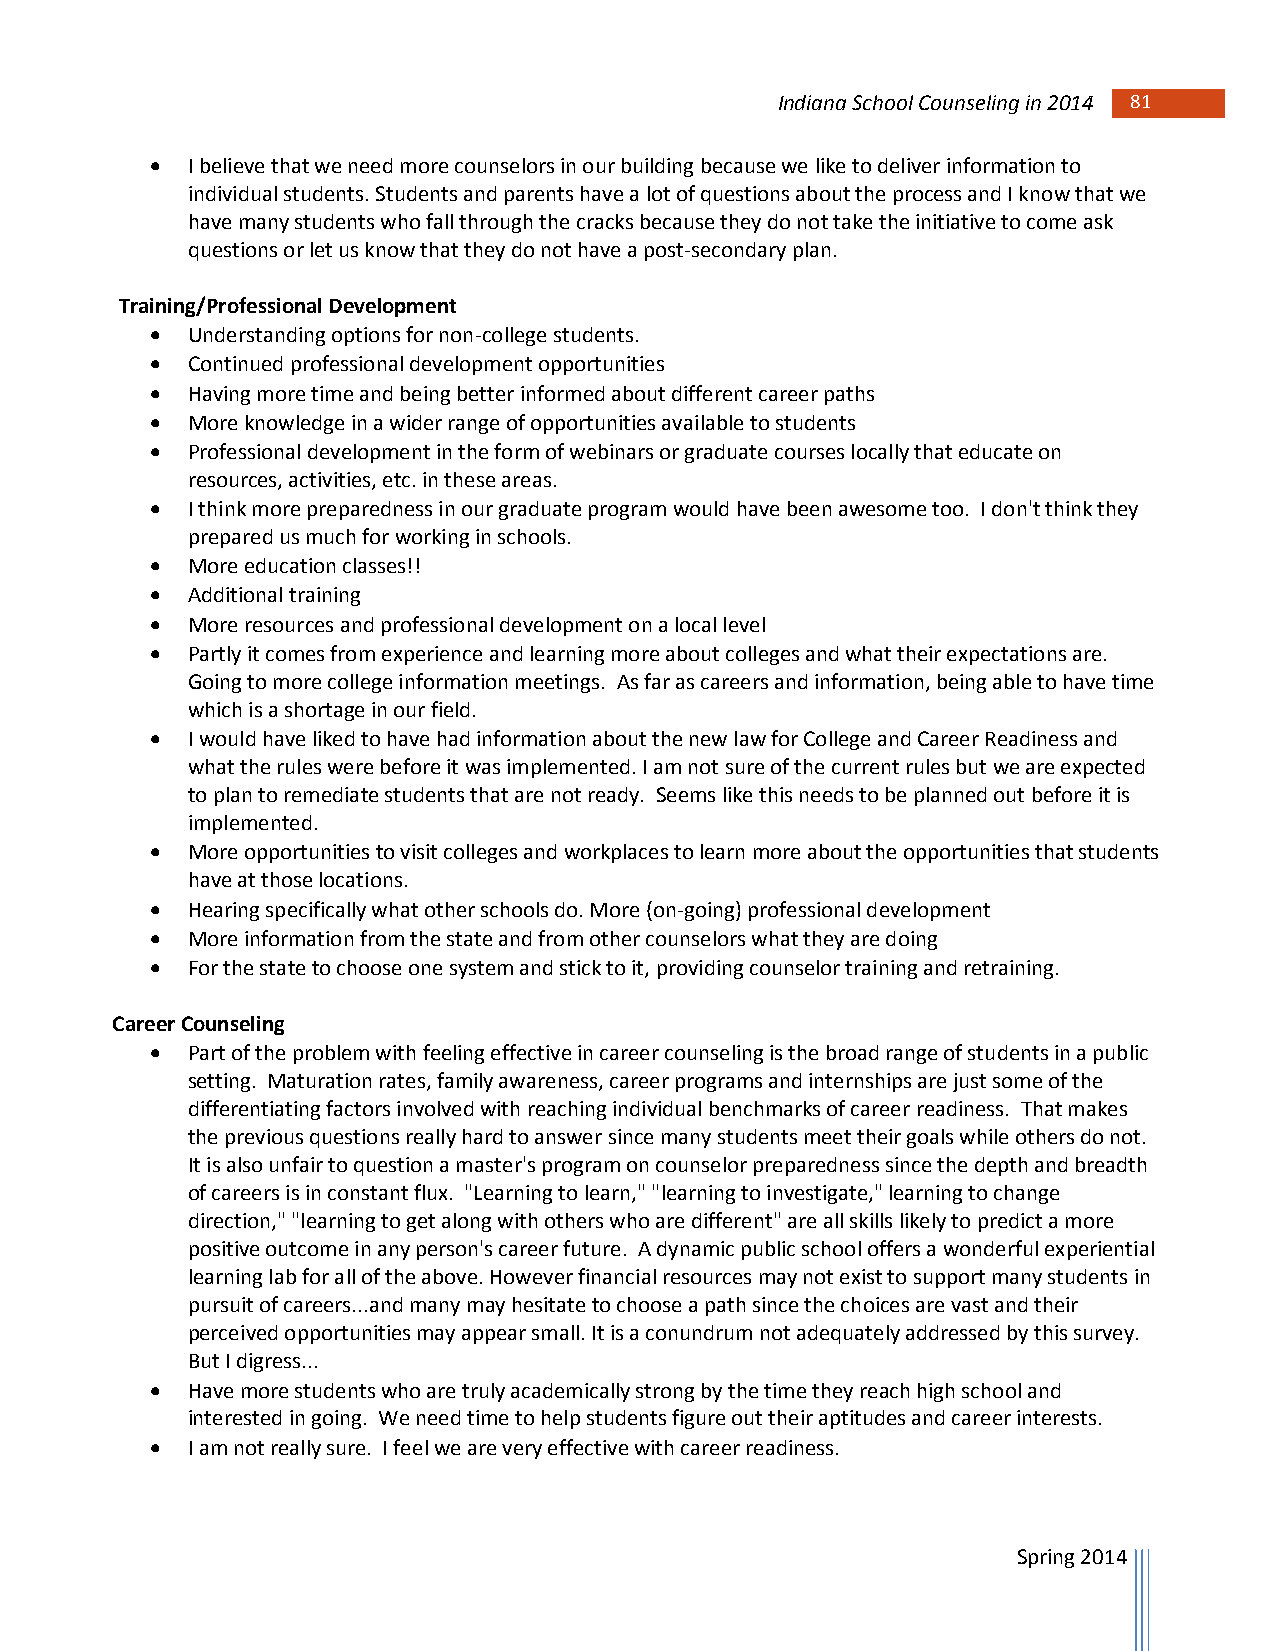
Indiana School Counseling in 2014 81 81
  I believe that we need more counselors in our building because we like to deliver information to
 individual students. Students and parents have a lot of questions about the process and I know that we
 have many students who fall through the cracks because they do not take the initiative to come ask
 questions or let us know that they do not have a post-secondary plan.
 Training/Professional Development
  Understanding options for non-college students.
  Continued professional development opportunities
  Having more time and being better informed about different career paths
  More knowledge in a wider range of opportunities available to students
  Professional development in the form of webinars or graduate courses locally that educate on
 resources, activities, etc. in these areas.
  I think more preparedness in our graduate program would have been awesome too. I don't think they
 prepared us much for working in schools.
  More education classes!!
  Additional training
  More resources and professional development on a local level
  Partly it comes from experience and learning more about colleges and what their expectations are.
 Going to more college information meetings. As far as careers and information, being able to have time
 which is a shortage in our field.
  I would have liked to have had information about the new law for College and Career Readiness and
 what the rules were before it was implemented. I am not sure of the current rules but we are expected
 to plan to remediate students that are not ready. Seems like this needs to be planned out before it is
 implemented.
  More opportunities to visit colleges and workplaces to learn more about the opportunities that students
 have at those locations.
  Hearing specifically what other schools do. More (on-going) professional development
  More information from the state and from other counselors what they are doing
  For the state to choose one system and stick to it, providing counselor training and retraining.
 Career Counseling
  Part of the problem with feeling effective in career counseling is the broad range of students in a public
 setting. Maturation rates, family awareness, career programs and internships are just some of the
 differentiating factors involved with reaching individual benchmarks of career readiness. That makes
 the previous questions really hard to answer since many students meet their goals while others do not.
 It is also unfair to question a master's program on counselor preparedness since the depth and breadth
 of careers is in constant flux. "Learning to learn," "learning to investigate," learning to change
 direction," "learning to get along with others who are different" are all skills likely to predict a more
 positive outcome in any person's career future. A dynamic public school offers a wonderful experiential
 learning lab for all of the above. However financial resources may not exist to support many students in
 pursuit of careers...and many may hesitate to choose a path since the choices are vast and their
 perceived opportunities may appear small. It is a conundrum not adequately addressed by this survey.
 But I digress...
  Have more students who are truly academically strong by the time they reach high school and
 interested in going. We need time to help students figure out their aptitudes and career interests.
  I am not really sure. I feel we are very effective with career readiness.
 Spring 2014